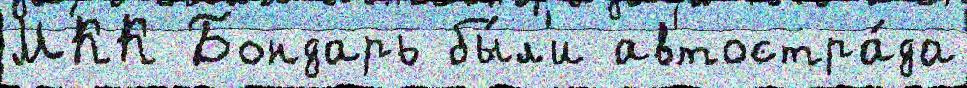
МКК Бондарь бы́л'и автостра́да